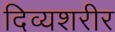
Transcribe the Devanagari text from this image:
दिव्यशरीर